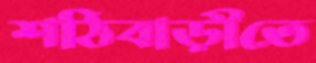
শঠিবাড়ীতে